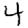
Digit: 4